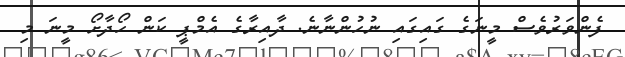
ފެންވަރުވެސް މީނަގެ ގައިގައި ނުހުންނާނެ. ދާއިރާގެ އެމްޕީ ކަން ހޯދާށޯ މީނަ މި